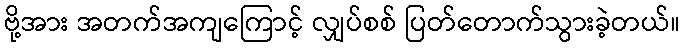
ဗို့အား အတက်အကျကြောင့် လျှပ်စစ် ပြတ်တောက်သွားခဲ့တယ်။